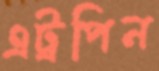
এট্রপিন